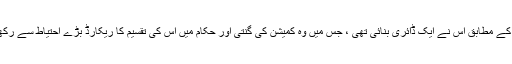
ذرائع کے مطابق اس نے ایک ڈائری بنائی تھی ، جس میں وہ کمیشن کی گنتی اور حکام میں اس کی تقسیم کا ریکارڈ بڑے احتیاط سے رکھتا تھا۔